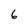
Character: 6